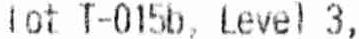
LOT T-015B, LEVEL 3,